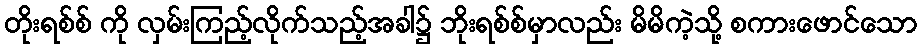
တိုးရစ်စ် ကို လှမ်းကြည့်လိုက်သည့်အခါ၌ ဘိုးရစ်စ်မှာလည်း မိမိကဲ့သို့ စကားဖောင်သော